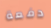
دفعة